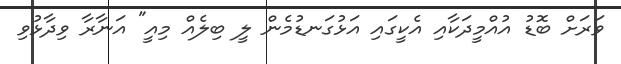
ވަރަށް ބޮޑު އުއްމީދަކާއި އެކީގައި އަޅުގަނޑުމެން ލީ ބިލެއް މިއީ" އަނާރާ ވިދާޅުވި